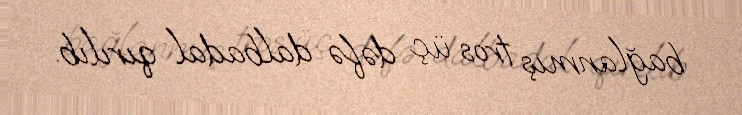
bağlanmış tros üç dəfə dalbadal qırılıb.